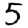
Digit: 5